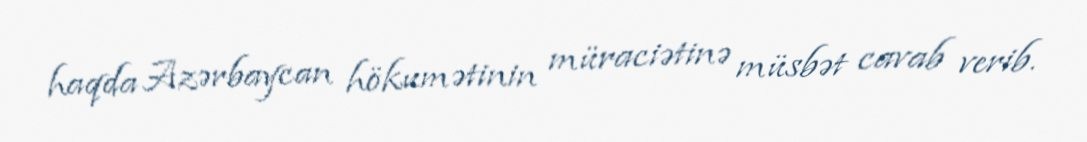
haqda Azərbaycan hökumətinin müraciətinə müsbət cavab verib.